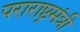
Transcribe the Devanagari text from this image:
पराराष्ट्रमंत्री